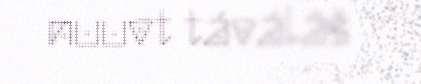
nuuvt táválâš